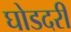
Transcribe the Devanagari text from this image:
घोडदरी